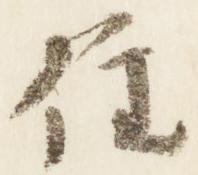
住